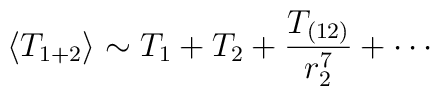
\langle T_{1 + 2} \rangle \sim T_1 + T_2 + \frac{T_{(12)}}{ r_2^7}  + \cdots